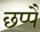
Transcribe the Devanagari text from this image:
छप्पै